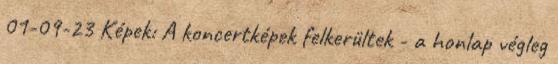
01-09-23 Képek: A koncertképek felkerültek - a honlap végleg